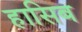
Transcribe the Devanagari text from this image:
हासिब